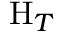
\mathrm { H } _ { T }